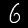
Digit: 6